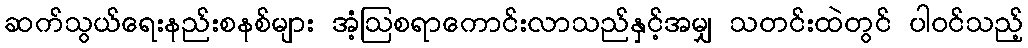
ဆက်သွယ်ရေးနည်းစနစ်များ အံ့ဩစရာကောင်းလာသည်နှင့်အမျှ သတင်းထဲတွင် ပါဝင်သည့်